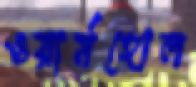
ওয়ার্মহোল